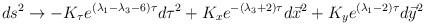
LaTeX: \begin{align*}ds^2 \rightarrow - K_{\tau} e^{(\lambda_1 - \lambda_3 - 6)\tau} d\tau^2+ K_{x} e^{-(\lambda_3 + 2)\tau} d\vec x^2 + K_{y} e^{(\lambda_1 - 2)\tau} d\vec y^2\end{align*}